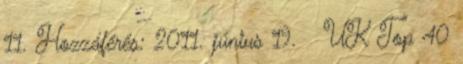
11. Hozzáférés: 2011. június 19. ↑ UK Top 40